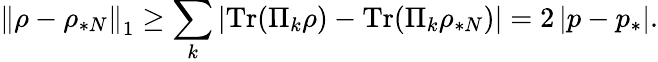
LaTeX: \left\Vert\rho-\rho_{\ast N}\right\Vert_{1}\geq\sum_{k}\left\vert\mathrm{Tr}(\Pi_{k}\rho)-\mathrm{Tr}(\Pi_{k}\rho_{\ast N})\right\vert=2\left\vert p-p_{\ast}\right\vert.